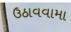
ઉઠાવવામા